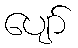
ပျော်